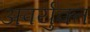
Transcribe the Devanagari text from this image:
अपर्युक्त